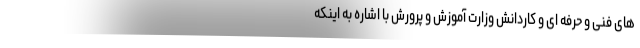
های فنی و حرفه ای و کاردانش وزارت آموزش و پرورش با اشاره به اینکه